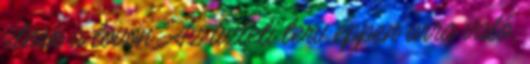
ülnek a lovon. Az üzleti terv éppen arra való,